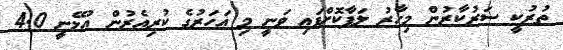
ތުރުކީ ސަރުކާރުން މިހާރު ލަފާކޮށްފައި ވަނީ މި އަހަރުގެ ކުރިއެރުން އުޅޭނީ 4.0